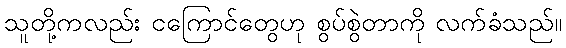
သူတို့ကလည်း ငကြောင်တွေဟု စွပ်စွဲတာကို လက်ခံသည်။